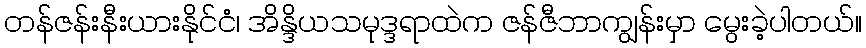
တန်ဇန်းနီးယားနိုင်ငံ၊ အိန္ဒိယသမုဒ္ဒရာထဲက ဇန်ဇီဘာကျွန်းမှာ မွေးခဲ့ပါတယ်။